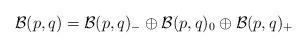
LaTeX: \begin{align*}\mathcal{B}(p,q)=\mathcal{B}(p,q)_{-}\oplus\mathcal{B}(p,q)_{0}\oplus\mathcal{B}(p,q)_{+}\end{align*}